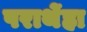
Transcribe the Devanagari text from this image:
पराथेंहा